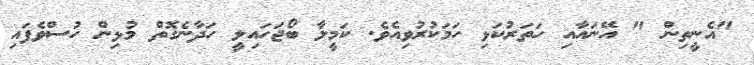
"އެނީތިން " އޭނައާއި ހަތަރުކަޅި ހަމަކުރުވިއެވެ. ކަމީލާ ބޯޖަހައިލީ ހަދާނެގޮތް މުޅިން ހުސްވެފައި